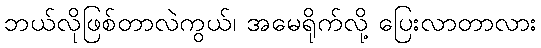
ဘယ်လိုဖြစ်တာလဲကွယ်၊ အမေရိုက်လို့ ပြေးလာတာလား